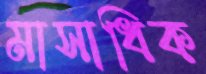
মাসাধিক